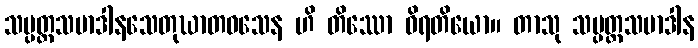
သမ္ပတ္တသမာဒါနသေတုဃာတဝသေန ဟိ တိဿော ဝိရတိယော။ တာသု သမ္ပတ္တသမာဒါန